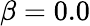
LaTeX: \beta=0.0